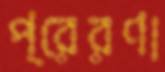
প্রেরণা